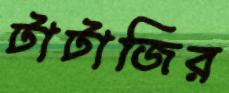
টাটাজির